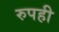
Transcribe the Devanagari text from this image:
रुपही